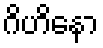
ဂိဟိနော